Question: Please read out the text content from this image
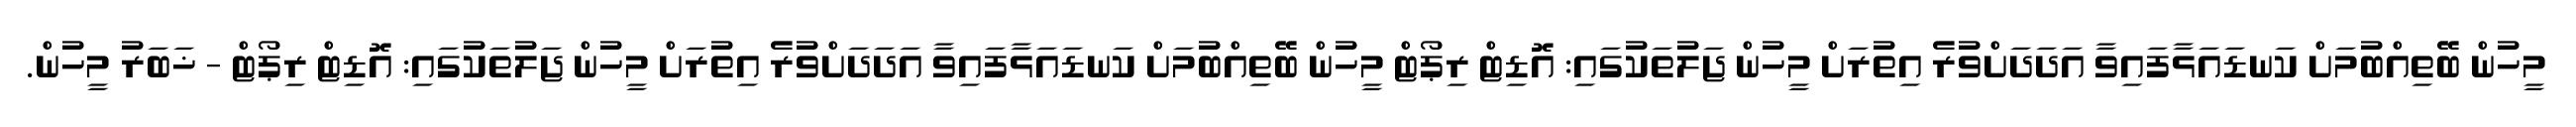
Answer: މީހުން ބޭތިއްބުމަށް ކަނޑައަޅާފައިވާ އަދަދަށްވުރެ އިތުރަށް މީހުން ޖަލުތަކުގައި: އޮޑިޓް ރިޕޯޓް މީހުން ބޭތިއްބުމަށް ކަނޑައަޅާފައިވާ އަދަދަށްވުރެ އިތުރަށް މީހުން ޖަލުތަކުގައި: އޮޑިޓް ރިޕޯޓް - ޚަބަރު މީހުން.